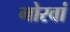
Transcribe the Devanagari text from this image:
गोरवां